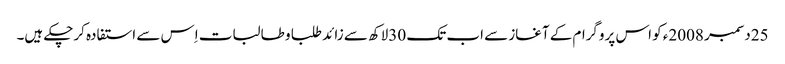
25دسمبر 2008ء کو اس پروگرام کے آغاز سے اب تک 30لاکھ سے زائد طلبا و طالبات اِس سے استفادہ کرچکے ہیں۔